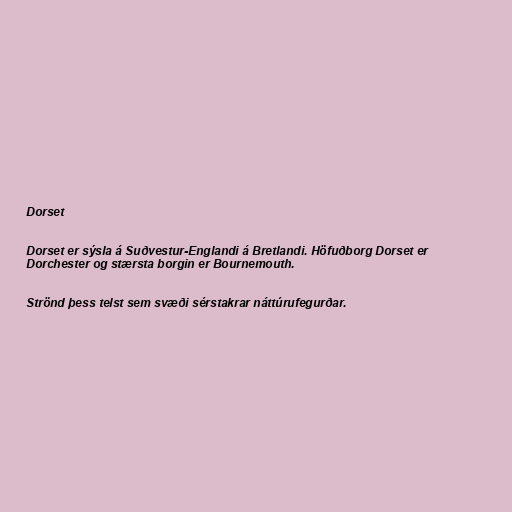
Dorset

Dorset er sýsla á Suðvestur-Englandi á Bretlandi. Höfuðborg Dorset er
Dorchester og stærsta borgin er Bournemouth.

Strönd þess telst sem svæði sérstakrar náttúrufegurðar.